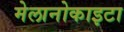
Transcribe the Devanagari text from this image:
मेलानोकाइटा